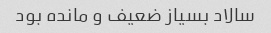
سالاد بسیاز ضعیف و مانده بود